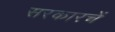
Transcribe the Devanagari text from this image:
सरकारचें